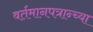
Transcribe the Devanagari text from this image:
वर्तमानपत्रान्च्या